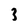
Character: 3